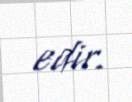
edir.